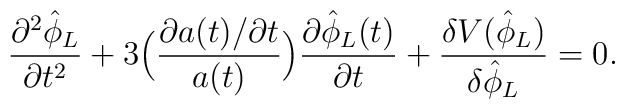
\frac{\partial^2 \hat{\phi}_L}{\partial t^2}+ 3 \Bigl(\frac{\partial a(t) / \partial t}{a(t)} \Bigr)\frac{\partial \hat{\phi}_L (t)}{\partial t} + \frac{\delta V(\hat{\phi}_L)}{\delta \hat{\phi}_L }  = 0.